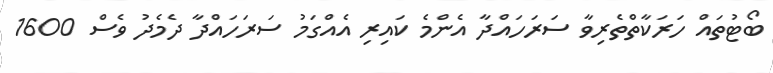
ބޯޓުތައް ހަރަކާތްތެރިވާ ސަރަހައްދާ އެންމެ ކައިރި އެއްގަމު ސަރަހައްދާ ދެމެދު ވެސް 1600